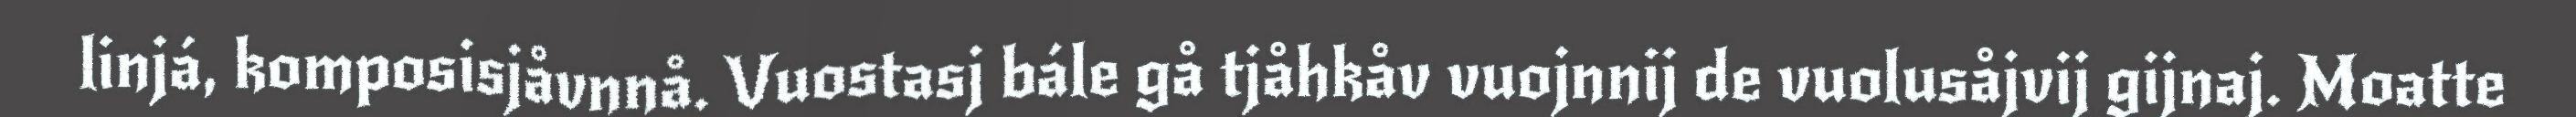
linjá, komposisjåvnnå. Vuostasj bále gå tjåhkåv vuojnnij de vuolusåjvij gijnaj. Moatte